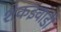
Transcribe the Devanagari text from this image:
शेकइवाडी